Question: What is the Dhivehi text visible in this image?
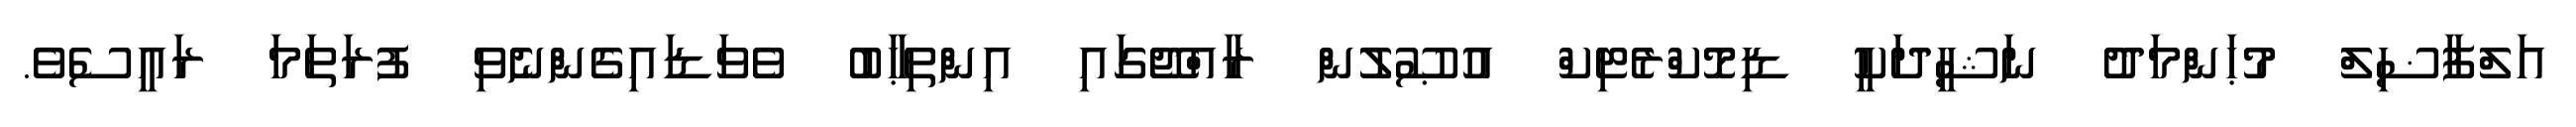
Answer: އަލްފާޟިލް މުޙަންމަދު ނަޝީދަކީ ޑިމޮކްރެޓިކް އުޞޫލުން ރާއްޖޭގައި އިންތިޙާބު ވެވަޑައިގެންނެވި ފުރަތަމަ ރައީސެވެ.